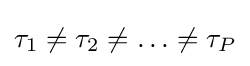
\tau _{1}\neq \tau _{2}\neq \ldots \neq \tau _{P}